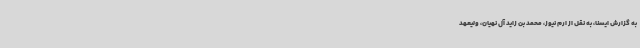
به گزارش ایسنا، به نقل از ارم نیوز، محمد بن زاید آل نهیان، ولیعهد